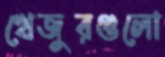
খেজুরগুলো